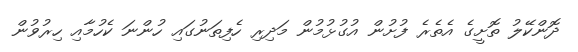
ދޮންކޭލު ތޮށީގެ އެތެރެ ފުށުން އުގުޅުމުން މަދިރި ހެފިތަނުގައި ހުންނަ ކެހުމާއި ހިރުވުން